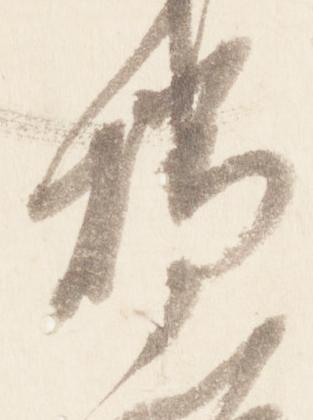
燭